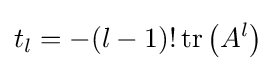
t_{l}=-(l-1)!\operatorname {tr} \left(A^{l}\right)